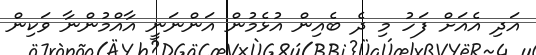
އަދި އެއަށް ފަހު މި ދެ ބެއިން އުޅެމުން އަންނަނީ އާއްމުންނާ ވަކިން